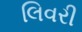
લિવરી